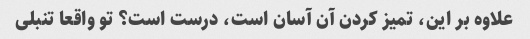
علاوه بر این، تمیز کردن آن آسان است، درست است؟ تو واقعا تنبلی